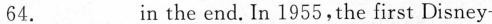
64.___in the end.In 1955,the first Disney-